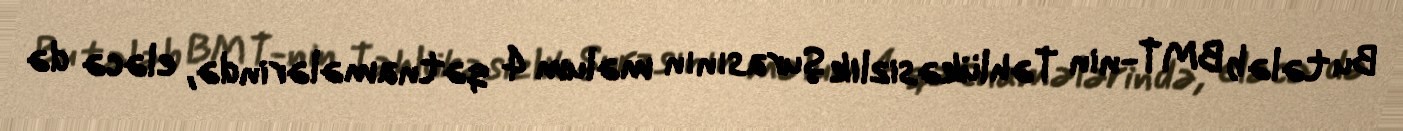
Bu tələb BMT-nin Təhlükəsizlik Şurasının məlum 4 qətnamələrində, eləcə də